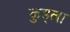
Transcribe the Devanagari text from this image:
कुड्ला